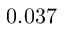
0 . 0 3 7